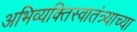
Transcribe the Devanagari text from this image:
अभिव्यक्तिस्वातंत्र्याच्या